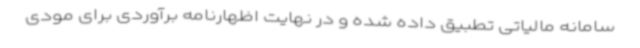
سامانه مالیاتی تطبیق داده‌ شده و در نهایت اظهارنامه برآوردی برای مودی